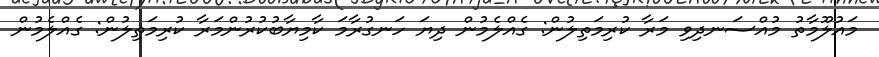
މައުލޫމާތު މުއްސަނދިވި މަރާ ކުރިމަތިލުން: ގެއްލެމުން ދިޔަ ހަނގުރާމަ ކާމިޔާބުކުރުންމަރާ ކުރިމަތިލުން: ގެއްލެމުން